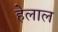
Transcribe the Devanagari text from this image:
हेलाल